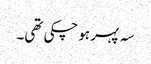
سہ پہر ہوچکی تھی۔